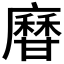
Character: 𤯎